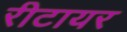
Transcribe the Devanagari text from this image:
रीटायर